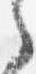
之